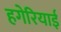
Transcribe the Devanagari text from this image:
हगेरियाई